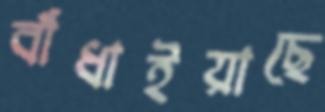
বাঁধাইয়াছে